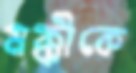
মক্কীকে